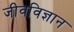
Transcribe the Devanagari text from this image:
जीवविज्ञान